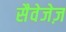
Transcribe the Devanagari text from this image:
सैवेजेज़